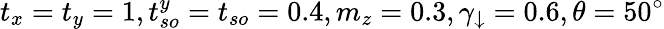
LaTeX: t_{x}=t_{y}=1,t_{so}^{y}=t_{so}=0.4,m_{z}=0.3,\gamma_{\downarrow}=0.6,\theta=50^{\circ}